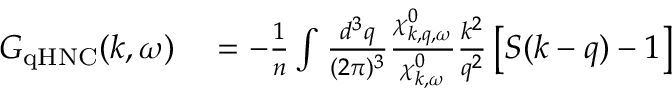
\begin{array} { r l } { G _ { \mathrm { q H N C } } ( \boldsymbol { k } , \omega ) } & { { } = - \frac { 1 } { n } \int \frac { d ^ { 3 } q } { ( 2 \pi ) ^ { 3 } } \frac { \chi _ { \boldsymbol { k } , \boldsymbol { q } , \omega } ^ { 0 } } { \chi _ { \boldsymbol { k } , \omega } ^ { 0 } } \frac { k ^ { 2 } } { q ^ { 2 } } \left[ S ( \boldsymbol { k } - \boldsymbol { q } ) - 1 \right] } \end{array}